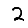
Digit: 2